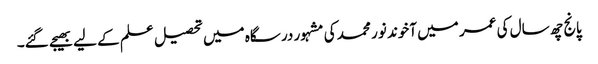
پانج چھ سال کی عمر میں آخوند نور محمد کی مشہور درسگاہ میں تحصیل علم کے لیے بھیجے گئے۔